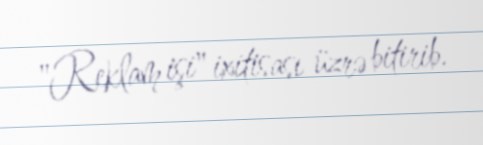
"Reklam işi" ixitisası üzrə bitirib.